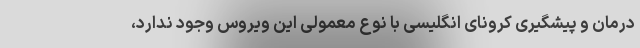
درمان و پیشگیری کرونای انگلیسی با نوع معمولی این ویروس وجود ندارد،